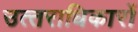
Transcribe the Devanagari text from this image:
उत्‍तराधिकारों